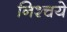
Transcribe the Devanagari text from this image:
निश्चये